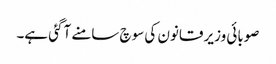
صوبائی وزیر قانون کی سوچ سامنے آگئی ہے۔